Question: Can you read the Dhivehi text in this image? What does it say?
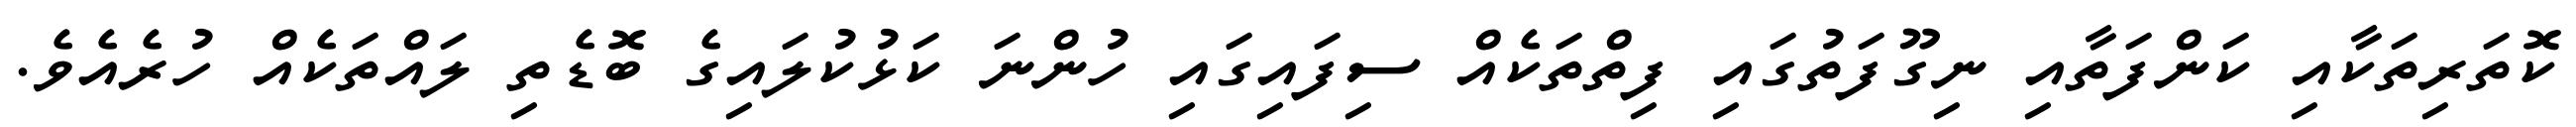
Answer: ކޮތަރިތަކާއި ކަންފަތާއި ނިގޫފަތުގައި ފިތްތަކެއް ސިފައިގައި ހުންނަ ކަޅުކުލައިގެ ބޮޑެތި ލައްތަކެއް ހުރެއެވެ.